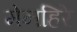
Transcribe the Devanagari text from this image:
मेनहिरे